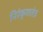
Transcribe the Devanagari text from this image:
निरंकुशतंत्र